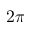
2 \pi